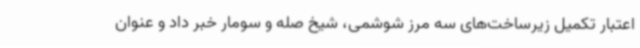
اعتبار تکمیل زیرساخت‌های سه مرز شوشمی، شیخ صله و سومار خبر داد و عنوان